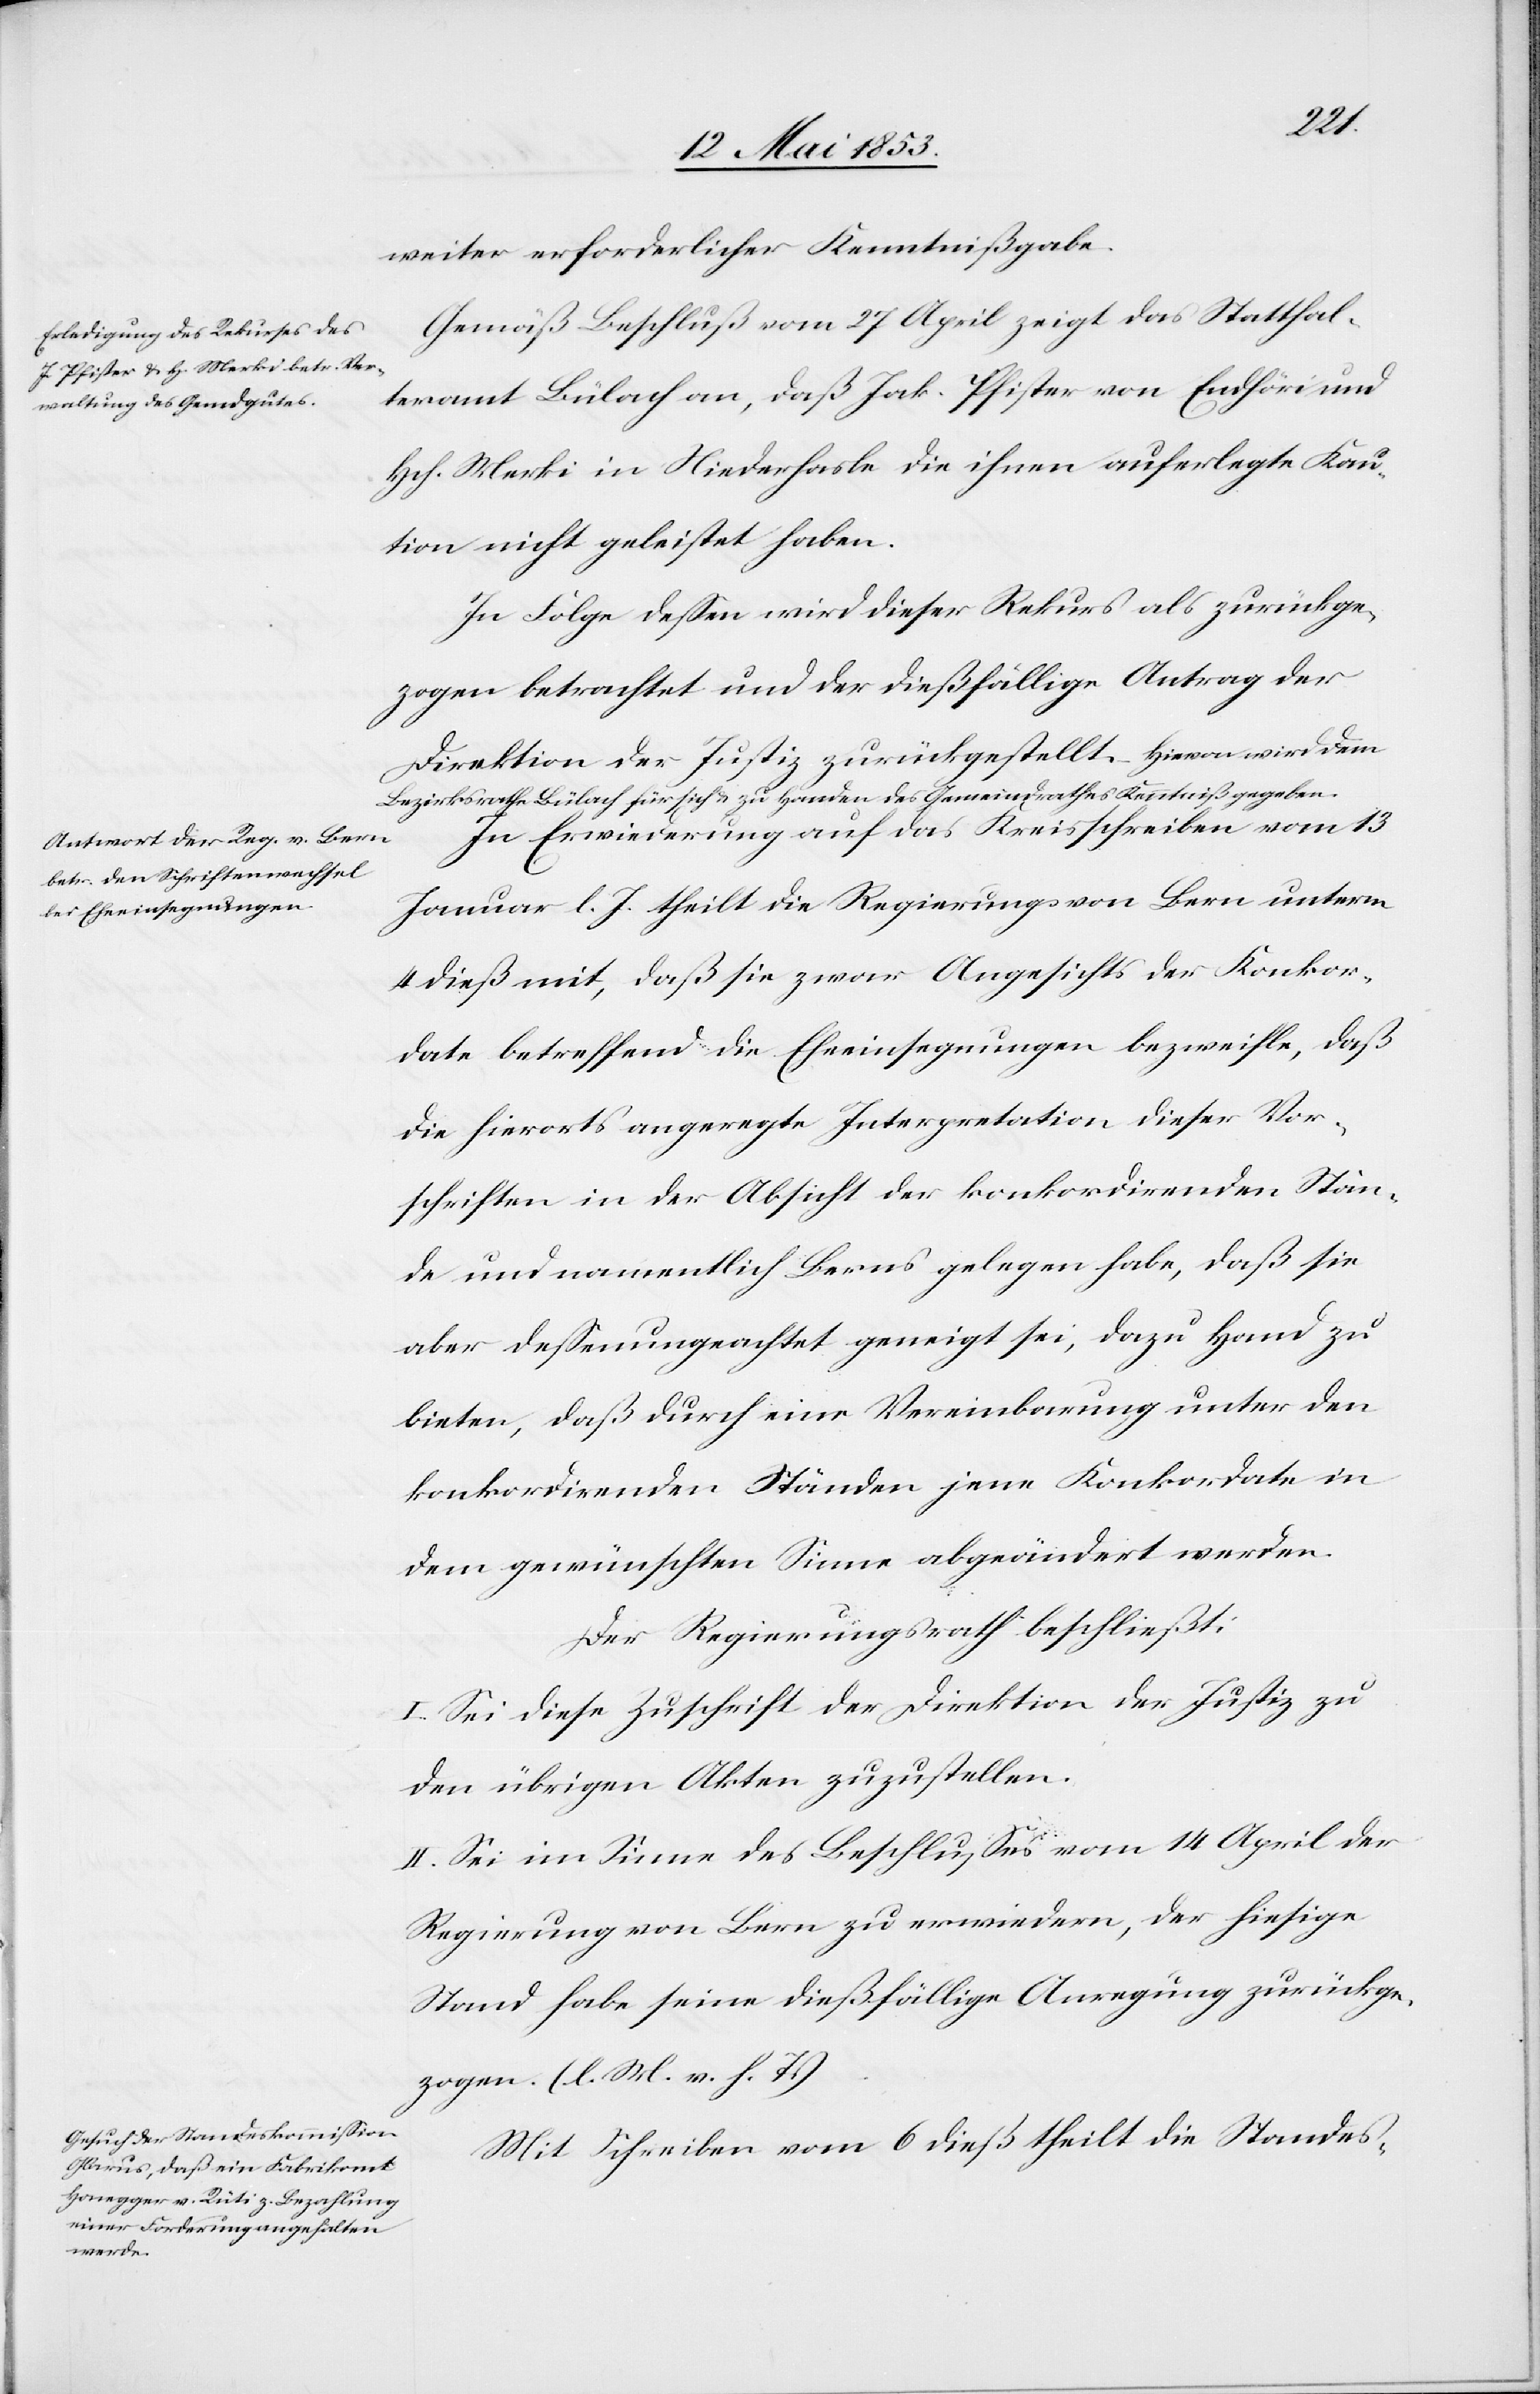
weiter erforderlicher Kenntnißgabe.
Gemäß Beschluß vom 27 April, zeigt das Statthal¬
teramt Bülach an, daß Jak. Pfister von Endhöri und
Hch. Merki in Niederhasli die ihnen auferlegte Kau¬
tion nicht geleistet haben.
In Folge deßen wird dieser Rekurs als zurückge¬
zogen betrachtet und der dießfällige Antrag der
Direktion der Justiz zurückgestellt. Hievon wird dem
Bezirksrathe Bülach für sich und zu Handen des Gemeindrathes Kenntniß gegeben.
In Erwiederung auf das Kreisschreiben vom 13
Januar l. J. theilt die Regierung von Bern unter
4 dieß mit, daß sie zwar Angesichts der Konkor¬
date betreffend die Eheeinsegnungen bezweifle, daß
die hierorts angeregte Interpretation dieser Vor¬
schriften in der Absicht der konkordirenden Stän¬
de und namentlich Berns gelegen habe, daß sie
aber deßenungeachtet geneigt sei, dazu Hand zu
bieten, daß durch eine Vereinbarung unter den
konkordirenden Ständen jene Konkordate in
dem gewünschten Sinne abgeändert werden.
Der Regierungsrath beschließt:
I. Sei diese Zuschrift der Direktion der Justiz zu
den übrigen Akten zuzustellen.
II. Sei im Sinne des Beschlußes vom 14 April der
Regierung von Bern zu erwiedern, der hiesige
Stand habe seine dießfällige Anregung zurückge¬
zogen. [l. M. v. h. T]
Mit Schreiben vom 6 dieß theilt die Standes-